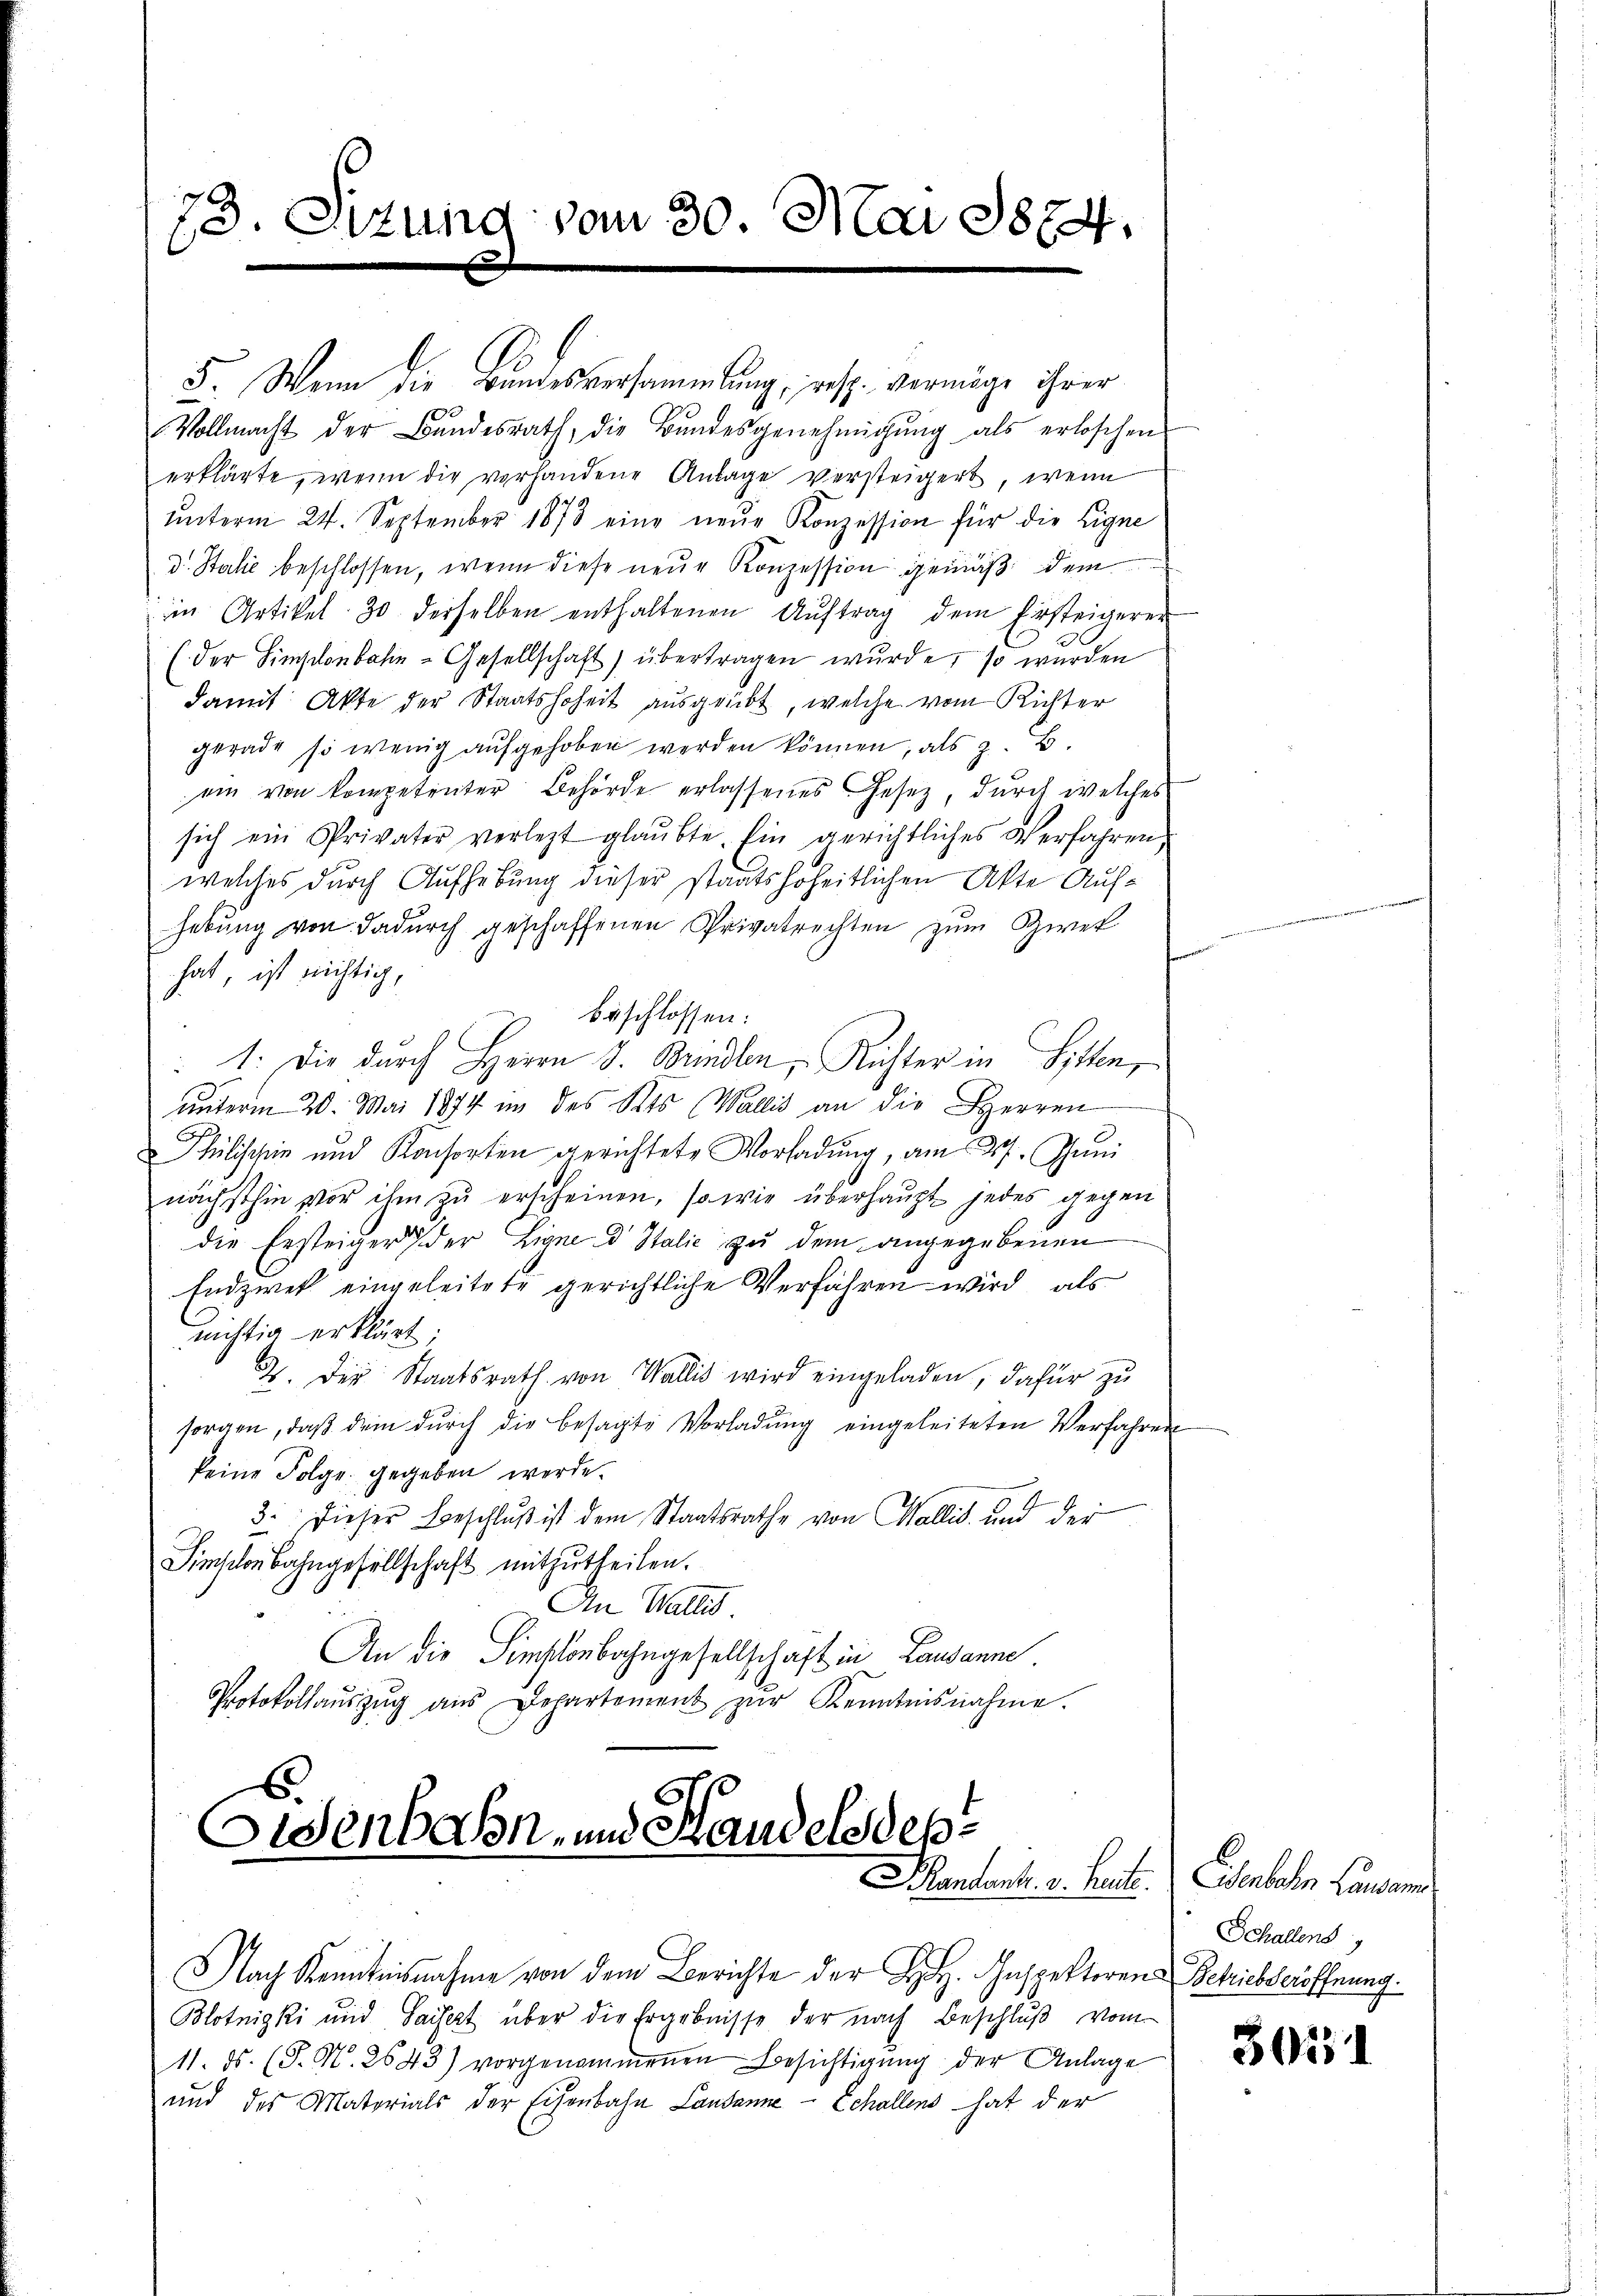
73. Situng vom 30. Mai 1874.

5. Wenn die Bundesversammlung, resp. vermöge ihrer
Vollmacht der Bundesrath, die Bundesgenehmigung als erloschen
erklärte, wenn die vorhandene Anlage versteigert, wenn
ŭnterm 24. September 1873 eine neŭe Konzession für die Eigne
d. Stalie beschlossen, wenn diese neue Konzession gemäß dem
im Artikel 30 derselben enthaltenen Aŭftrag dem Ersteigerer
(der Hinschenbahn-Gesellschaft) übertragen wurde, so wurden
damit Akte der Staatshoheit ausgeübt, welche vom Richter
gerade so wenig aufgehoben werden können, als z. B.
ein von kompetenter Behörde erlassenes Gesetz, dŭrch welches
sich ein Privater verletzt glaŭbte. Ein gerichtliches Verfahren,
welches durch Aufhebung dieser staatshoheitlichen Akte Aufhebung von dadurch geschaffenen Privatrechten zum Zwek
hat, ist nichtig,
beschlossen:
1. Die durch Herrn J. Brindlen, Richter in Sitten,
unterm 20. Mai 1874 in des Kts. Wallis an die Herren
Philischein und Konsorten gerichtete Vorladŭng, am 27. Juni
nächsthin vor ihm zu erscheinen, so wie überhaupt jedes gegen
die Ersteiger der Eigne d Italie zu dem angegebenen
Endzwek eingeleitete gerichtliche Verfahren wird, als
nichtig erklärt:
. Der Staatsrath von Wallis wird eingeladen, dafür zu
sorgen, daβ dein dŭrch die besagte Vorladŭng eingeleiteten Verfahren
keine Folge gegeben werde.
3. dieser Beschluß ist dem Staatsrathe von Wallis und der
Sinsiton Bahngesellschaft mitzutheilen.
An Wallis.
An die Simplonbahngesellschaft in Lausanne
Protokollaŭszŭg aŭs Departement zŭr Kenntnisnahme.

6
Eisenbahn, und Handels des¬
Mandent. v. heit.

Nach Kenntnisnahme von dem Berichte der H. Inspektoren Betriebseröffnung.
Blotnizki und Saisert über die Ergebnisse der nach Beschluß vom
11. ds. (T. N. 2643) vorgenommenen Besichtigung der Anlage
und des Materials der Eisenbahn Landanne - Schallens hat der

Osenbahn Lausann
Schallens

3051